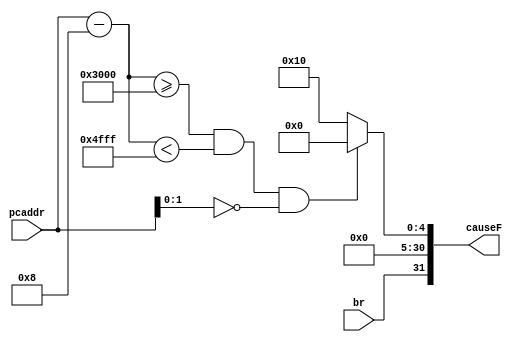
`timescale 1ns / 1ps
//////////////////////////////////////////////////////////////////////////////////
// Company: 
// Engineer: 
// 
// Design Name: 
// Module Name:    excctrF 
// Project Name: 
// Target Devices: 
// Tool versions: 
// Description: 
//
// Dependencies: 
//
// Revision: 
// Revision 0.01 - File Created
// Additional Comments: 
//
//////////////////////////////////////////////////////////////////////////////////
module excctrF(
    input [31:0] pcaddr,
	 input br,
    output [31:0] causeF
    );
	 
	 assign causeF = ((pcaddr-8)>=32'h3000&&(pcaddr-8)<32'h4fff&&pcaddr[1:0]==2'b00)?{br, 31'b0}:{br,24'b0,5'b00100,2'b0};


endmodule